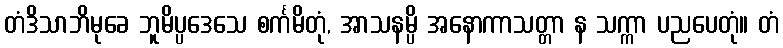
တံဒိသာဘိမုခေ ဘူမိပ္ပဒေသေ စင်္ကမိတုံ, အာသနမ္ပိ အနောကာသတ္တာ န သက္ကာ ပညပေတုံ။ တံ